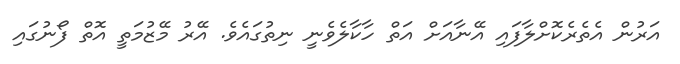
އަރުން އެތެރެކޮށްލާފައި އޭނާއަށް އަތް ހާކާލެވެނީ ނިތުގައެވެ. އޭރު މޭޒުމަތީ އޮތް ފޯނުގައި